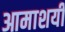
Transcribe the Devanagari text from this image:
आमाशयी